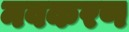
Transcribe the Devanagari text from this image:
नवकरण